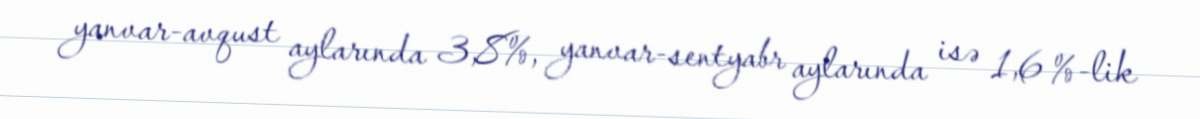
yanvar-avqust aylarında 3,8%, yanvar-sentyabr aylarında isə 1,6 %-lik